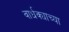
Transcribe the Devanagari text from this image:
वार्धक्याच्या